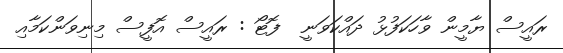
ރައީސް ޔާމީން ވާހަކަފުޅު ދައްކަވަނީ  ފޮޓޯ : ރައީސް އޮފީސް މިނިވަންކަމާއި